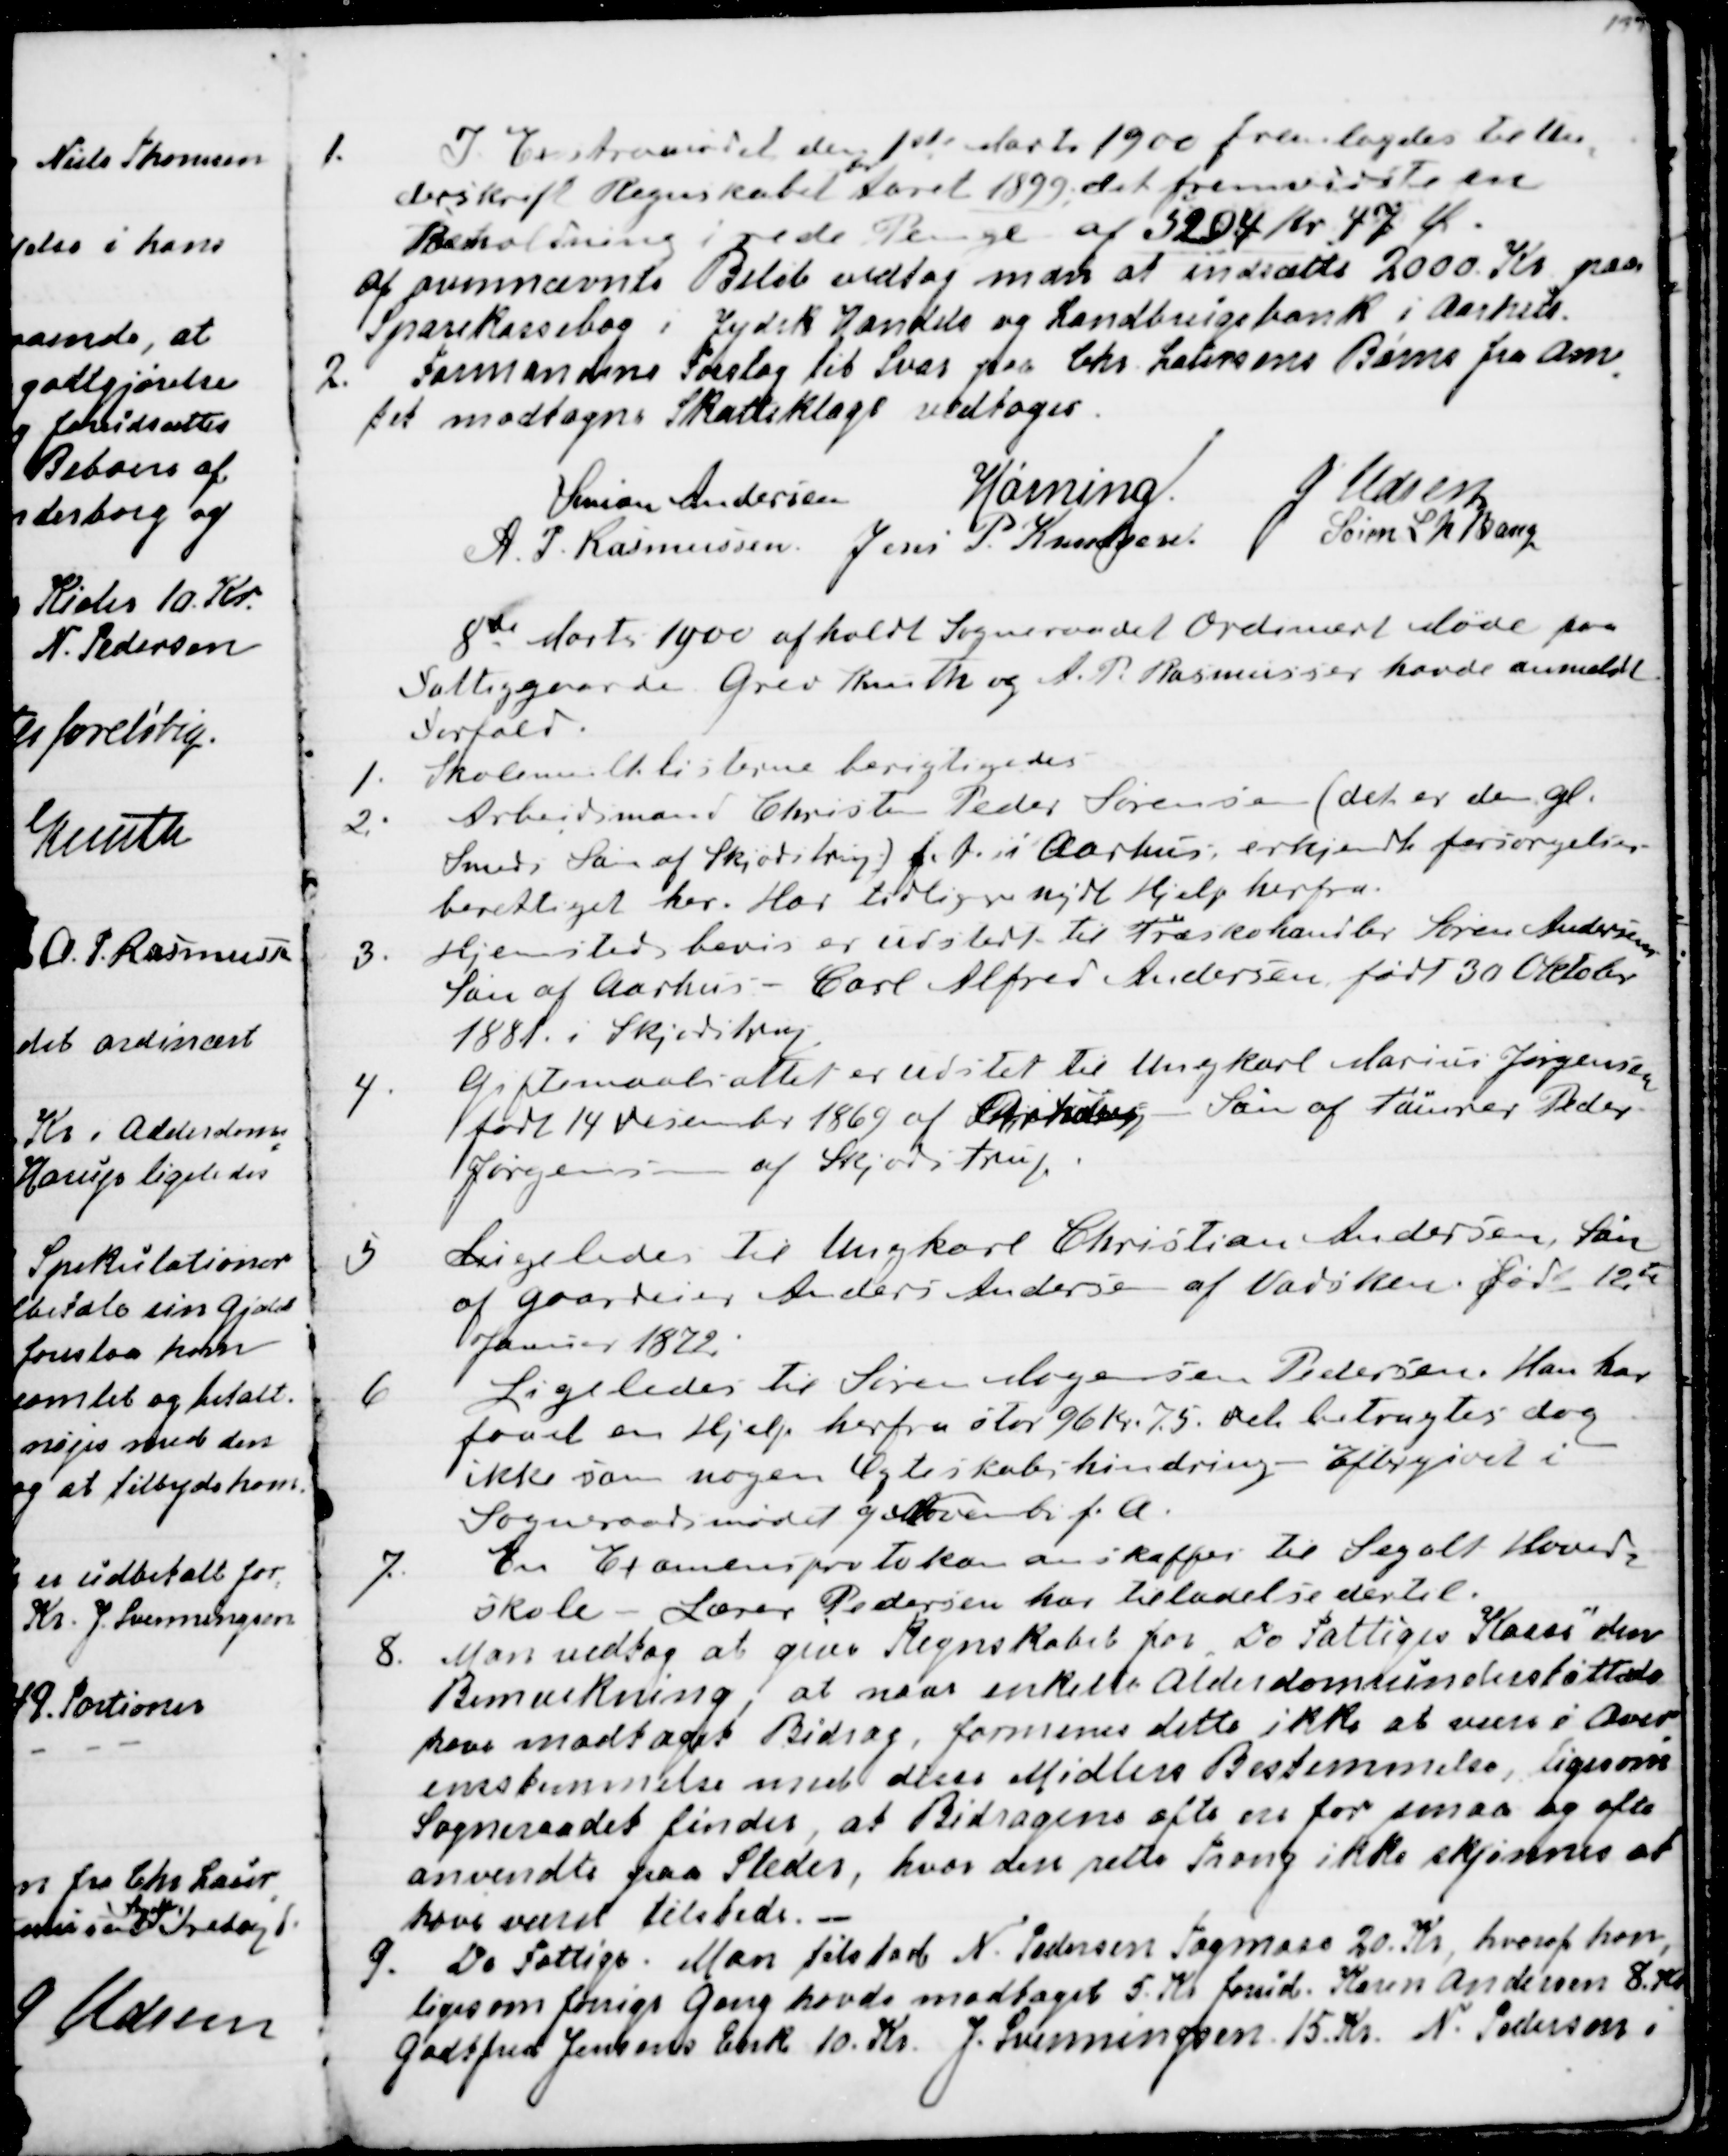
Transskription:
1. I Extramødet den 1ste Marts 1900 fremlagdes til Un
=
derskrift Regnskabet 
for
Aaret 1899, det fremviste en
Beholdning i rede Penge af 5204 Kr. 47 Ø.
Af ovennævnte Beløb vedtog man at indsætte 2000. Kr. paa
Sparekassebog i Jydsk Handels og Landbrugsbank i Aarhus.
2. Formandens Forslag til Svar paa Chr Laursens Børns fra Am
=
tet modtagne Skatteklage vedtoges.
Simon Andersen
Hørning.
J Udsen
A. P. Rasmussen.
Jens P. Knudsen
Søren L N Bang

8de Marts 1900 afholdt Sogneraadet Ordinært Møde paa
Fattiggaarden. Grev Knuth og A. P. Rasmussen havde anmeldt
Forfald.
1. Skolemulktlisterne berigtigedes
2. Arbejdsmand Christen Peder Sørensen (det er den gl.
Smeds Søn af Skjødstrup) f.t. i Aarhus erkjendtes forsørgelses-
berettiget her. Har tidligere nydt Hjelp herfra.
3. Hjemstedsbevis er udstedt til Træskohandler Søren Andersens
Søn af Aarhus - Carl Alfred Andersen født 30 Oktober
1881 i Skjødstrup.
4. Giftemaalsattest er udstedt til Ungkarl Marius Jørgensen
født 14 December 1869 af Aarhus - Søn af Tømrer Peder
Jørgensen af Skjødstrup.
5. Ligeledes til Ungkarl Christian Andersen, Søn
af Gaardeier Anders Andersen af Vadsken født 12te 
Januar 1872.
6. Ligeledes til Søren Mogensen Pedersen. Han har
faaet en Hjelp herfra stor 96 Kr. 75. Det betragtes dog
ikke som nogen Ægteskabshindring - Eftergivet i
Sogneraadsmødet 9 November f. A.
7. En Examensprotokol kan anskaffes til Segalt Hoved
=
skole - Lærer Pedersen har Tilladelse dertil.
8. Man vedtog at give Regnskabet for "De Fattiges Kasse" den
Bemærkning, at naar enkelte Alderdomsunderstøttede
have modtaget Bidrag, formenes dette ikke at være i Over
=
ensstemmelse med disse Midlers Bestemmelse, ligesom
Sogneraadet finder, at Bidragene ofte ere for smaa og ofte
anvendte paa Steder, hvor den rette Trang ikke skjønnes at
have været tilstede.
9. De Fattige: Man tilstod N. Pedersen Tagmose 20. Kr, hvoraf han,
ligesom forrige Gang havde modtaget 5. Kr forud. Karen Andersen 8. Kr
Godtfred Jensens Enke 10. Kr J. Svenningsen 15. Kr N Pedersen i